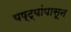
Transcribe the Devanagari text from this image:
यष्ट्यांपासून